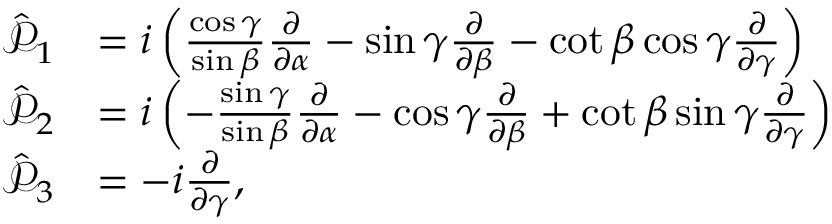
{ \begin{array} { r l } { { \hat { \mathcal { P } } } _ { 1 } } & { = i \left( { \frac { \cos \gamma } { \sin \beta } } { \frac { \partial } { \partial \alpha } } - \sin \gamma { \frac { \partial } { \partial \beta } } - \cot \beta \cos \gamma { \frac { \partial } { \partial \gamma } } \right) } \\ { { \hat { \mathcal { P } } } _ { 2 } } & { = i \left( - { \frac { \sin \gamma } { \sin \beta } } { \frac { \partial } { \partial \alpha } } - \cos \gamma { \frac { \partial } { \partial \beta } } + \cot \beta \sin \gamma { \frac { \partial } { \partial \gamma } } \right) } \\ { { \hat { \mathcal { P } } } _ { 3 } } & { = - i { \frac { \partial } { \partial \gamma } } , } \end{array} }